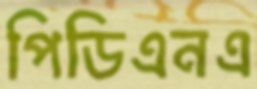
পিডিএনএ